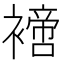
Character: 𧝐